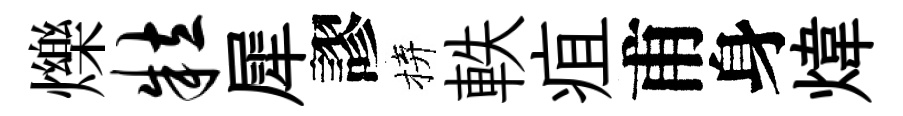
爍粒犀謬拚軼疽甫身煒